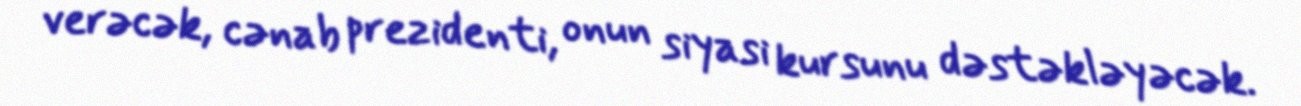
verəcək, cənab prezidenti, onun siyasi kursunu dəstəkləyəcək.